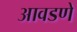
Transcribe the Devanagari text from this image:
आवडणे